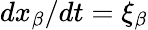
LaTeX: dx_{\beta}/dt=\xi_{\beta}